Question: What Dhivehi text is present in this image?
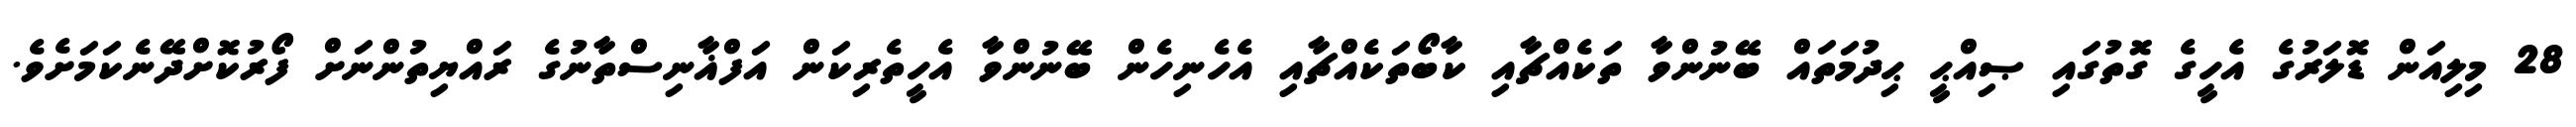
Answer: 28 މިލިއަން ޑޮލަރުގެ އެހީގެ ގޮތުގައި ޞިއްޙީ ޙިދުމަތައް ބޭނުންވާ ތަކެއްޗާއި ކާބޯތަކެއްޗާއި އެހެނިހެން ބޭނުންވާ އެހީތެރިކަން އަފްޣާނިސްތާނުގެ ރައްޔިތުންނަށް ފޯރުކޮށްދޭނެކަމަށެވެ.